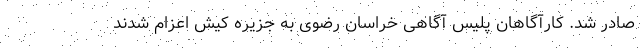
صادر شد. کارآگاهان پلیس آگاهی خراسان رضوی به جزیره کیش اعزام شدند